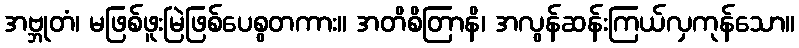
အဗ္ဘုတံ၊ မဖြစ်ဖူးမြဲဖြစ်ပေစွတကား။ အတိစိတြာနိ၊ အလွန်ဆန်းကြယ်လှကုန်သော။